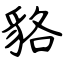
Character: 貉